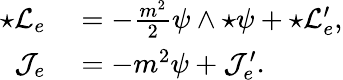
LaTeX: \begin{array}{rl}{{\star{\cal L}_{e}}}&{{}=-\frac{m^{2}}{2}\psi\wedge{\star\psi}+{\star{\cal L}_{e}^{\prime}},}\\ {{\cal J}_{e}}&{{}=-m^{2}\psi+{\cal J}_{e}^{\prime}.}\end{array}